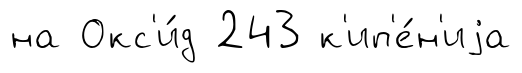
на Окс'и́д 243 к'ип'е́н'иjа